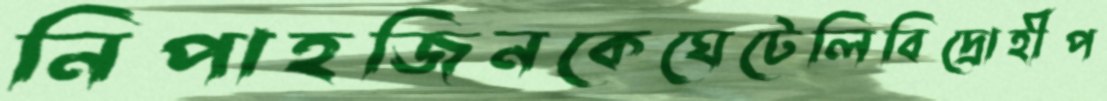
নিপাহজিনকেঘেটেলিবিদ্রোহীপ